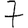
Digit: 7